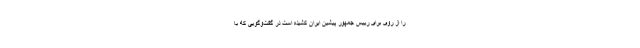
را از روی برای رییس جمهور پیشین ایران کشیده است در گفت‌وگویی که با